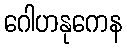
ဂေါဟနုကေန